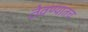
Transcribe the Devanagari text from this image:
ठेवण्यातच